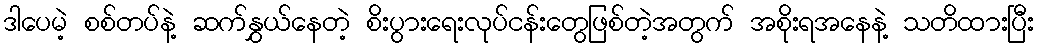
ဒါပေမဲ့ စစ်တပ်နဲ့ ဆက်နွှယ်နေတဲ့ စိးပွားရေးလုပ်ငန်းတွေဖြစ်တဲ့အတွက် အစိုးရအနေနဲ့ သတိထားပြီး